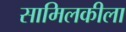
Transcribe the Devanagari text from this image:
सामिलकीला